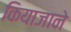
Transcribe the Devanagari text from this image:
कियाजाने